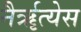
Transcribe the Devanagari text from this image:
नैर्ॠत्येस